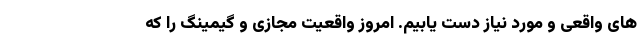
های واقعی و مورد نیاز دست یابیم. امروز واقعیت مجازی و گیمینگ را که